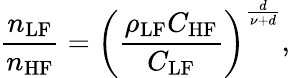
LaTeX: \frac{n_{\mathrm{LF}}}{n_{\mathrm{HF}}}=\left(\frac{\rho_{\mathrm{LF}}C_{\mathrm{HF}}}{C_{\mathrm{LF}}}\right)^{\frac{d}{\nu+d}},